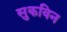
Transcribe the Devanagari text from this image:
सुकविन